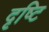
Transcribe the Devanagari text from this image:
दृष्‍टि